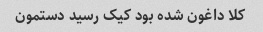
کلا داغون شده بود کیک رسید دستمون